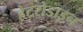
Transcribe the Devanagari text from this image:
हेटरोडाइन